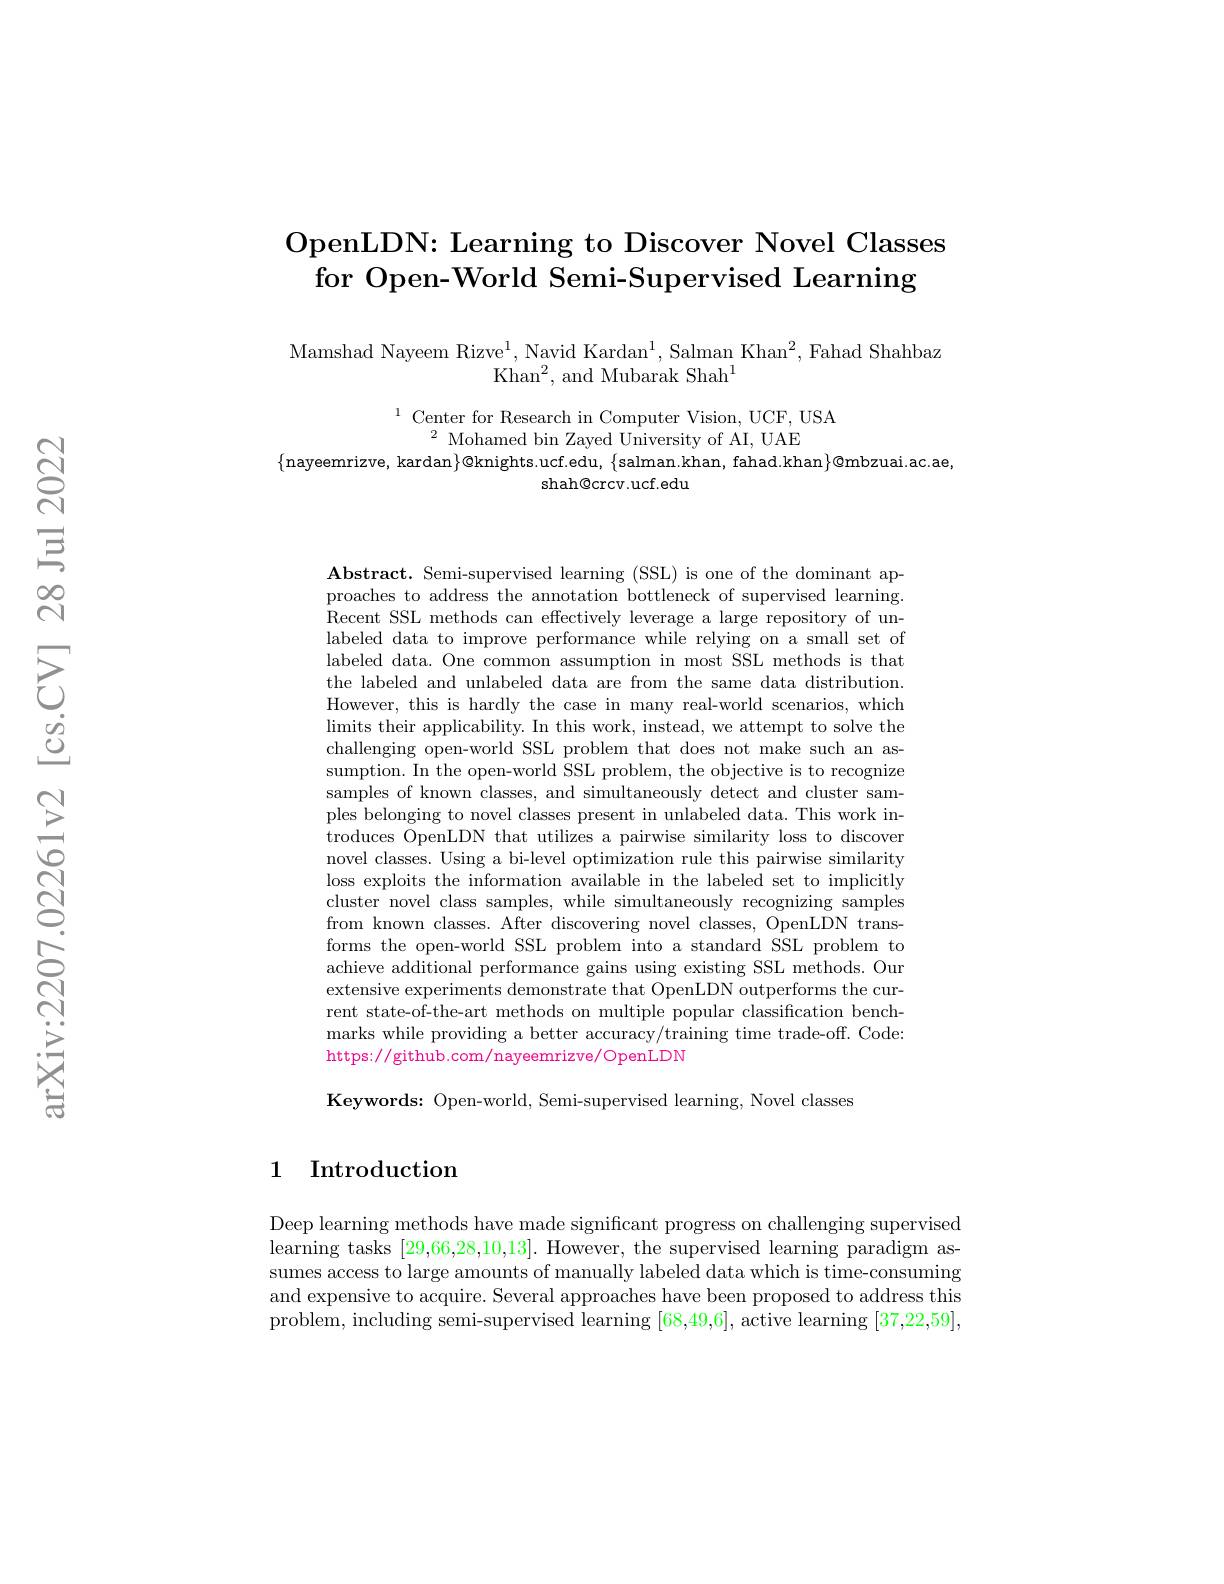
# OpenLDN: Learning to Discover Novel Classes for Open-World Semi-Supervised Learning

Mamshad Nayeem Rizve$^1$, Navid Kardan$^1$, Salman Khan$^2$, Fahad Shahbaz
Khan$^2$, and Mubarak Shah$^1$

$\begin{array}{c}^{1}&\text{Center for Research in Computer Vision, UCF, USA}\\^{2}&\text{Mohamed bin Zaved Universitv of AI, UAE}\end{array}$
$\{$nayeemrizve, kardan$\}@$knights.ucf.edu, $\{$salman.khan, fahad.khan$\}@$mbzuai.ac.ae,
shah@crcv.ucf.edu

Abstract. Semi-supervised learning (SSL) is one of the dominant approaches to address the annotation bottleneck of supervised learning. Recent SSL methods can effectively leverage a large repository of unlabeled data to improve performance while relying on a small set of labeled data. One common assumption in most SSL methods is that the labeled and unlabeled data are from the same data distribution. However, this is hardly the case in many real-world scenarios, which $\operatorname*{limits}$ their applicability. In this work, instead, we attempt to solve the challenging open-world SSL problem that does not make such assumption. In the open-world SSL problem, the objective is to recognize samples of known classes, and simultaneously detect and cluster samples belonging to novel classes present in unlabeled data. This work introduces OpenLDN that utilizes a pairwise similarity loss to discover novel classes. Using a bi-level optimization rule this pairwise similarity loss exploits the information available in the labeled set to implicitly cluster novel class samples, while simultaneously recognizing samples from known classes. After discovering novel classes, OpenLDN transforms the open-world SSL problem into a standard SSL problem to achieve additional performance gains using existing SSL methods. Our extensive experiments demonstrate that OpenLDN outperforms the current state-of-the-art methods on multiple popular classification benchmarks while providing a better accuracy/training time trade-off. Code: https://github.com/nayeemrizve/OpenLDN

Keywords: Open-world, Semi-supervised learning, Novel classes

## 1 Introduction

Deep learning methods have made significant progress on challenging supervised learning tasks [29,66,28,10,13]. However, the supervised learning paradigm assumes access to large amounts of manually labeled data which is time-consuming and expensive to acquire. Several approaches have been proposed to address this problem, including semi-supervised learning [68,49,6], active learning [37,22,59],